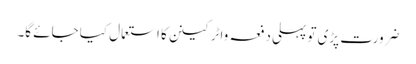
ضرورت پڑی تو پہلی دفعہ واٹرکینن کا استعمال کیا جائے گا۔